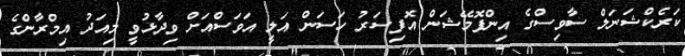
ކަރެކްޝަނަލް ސާވިސްގެ އިންފޮމޭޝަން އޮފިސަރު ހަސަން އަލީ އަވަސްއަށް ވިދާޅުވީ މިއަދު އިމްރާންގެ